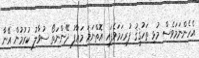
އެހެންނަމަވެސް މުޅި ތަހުޤީޤު ފުރިހަމަވެފައި އޮތްނަމަ މަޢާފު ދޭންނަތޯ ސުވާލު ކުރުމުން އޭނާ